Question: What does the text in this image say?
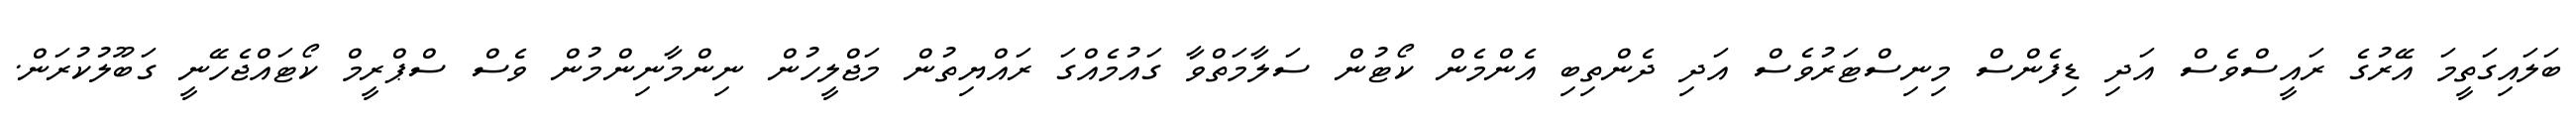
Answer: ބަލައިގަތީމަ އޭރުގެ ރައީސްވެސް އަދި ޑިފެންސް މިނިސްޓަރުވެސް އަދި ދެންތިބި އެންމެން ކޯޓުން ސަލާމަތްވާ ގައުމެއްގަ ރައްޔިތުން މަޖްލީހުން ނިންމާނިންމުން ވެސް ސްޕްރީމް ކޯޓައްޖެހޭނީ ގަބޫލުކުރަން.